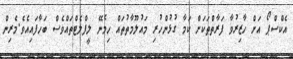
އެކްސްޕޯ އަށް ހާޒިރުވާ ފަރާތްތަކަށް ކަމާ ގުޅުންހުރި މައުލޫމާތުތައް ހިމެނޭ ލީފްލެޓްތައްވެސް ބަހާފައިއެވެ.މެރިން